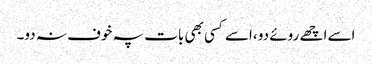
اسے اچھے روئے دو ،اسے کسی بھی بات پہ خوف نہ دو۔